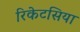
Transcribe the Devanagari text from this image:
रिकेटसिया